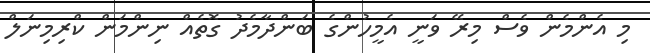
މި އެންމެން ވެސް މިރޭ ވަނީ އެމީހުންގެ ބަންދާމެދު ގޮތެއް ނިންމަން ކްރިމިނަލް